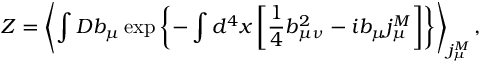
{ \cal Z } = \left< \int { \cal D } b _ { \mu } \exp \left\{ - \int d ^ { 4 } x \left[ \frac 1 4 b _ { \mu \nu } ^ { 2 } - i b _ { \mu } j _ { \mu } ^ { M } \right] \right\} \right> _ { j _ { \mu } ^ { M } } ,